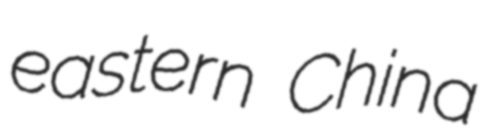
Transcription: eastern China